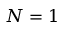
N = 1